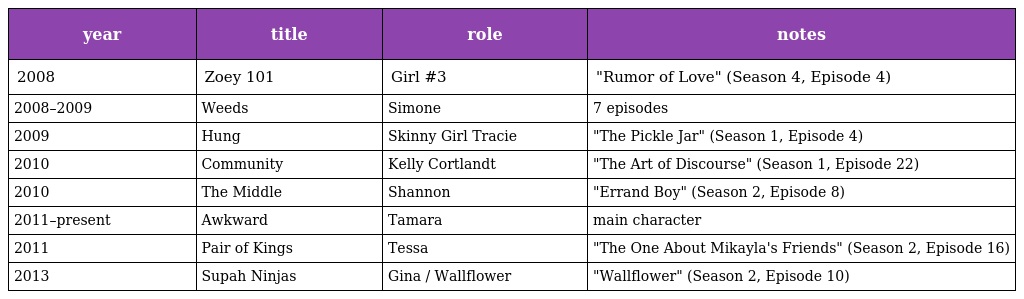
| year | title | role | notes |
 | --- | --- | --- | --- |
 | 2008 | Zoey 101 | Girl #3 | "Rumor of Love" (Season 4, Episode 4) |
 | 2008–2009 | Weeds | Simone | 7 episodes |
 | 2009 | Hung | Skinny Girl Tracie | "The Pickle Jar" (Season 1, Episode 4) |
 | 2010 | Community | Kelly Cortlandt | "The Art of Discourse" (Season 1, Episode 22) |
 | 2010 | The Middle | Shannon | "Errand Boy" (Season 2, Episode 8) |
 | 2011–present | Awkward | Tamara | main character |
 | 2011 | Pair of Kings | Tessa | "The One About Mikayla's Friends" (Season 2, Episode 16) |
 | 2013 | Supah Ninjas | Gina / Wallflower | "Wallflower" (Season 2, Episode 10) |